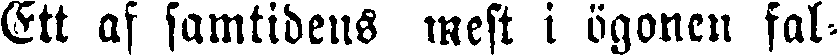
Ett af samtidens mest i ögonen fal-